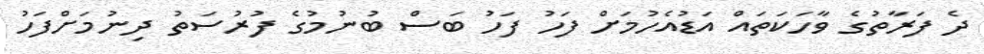
ދެ ފަރާތުގެ ވާހަކަތައް އަޑުއެހުމަށް ފަހު ފަހު ބަސް ބުނުމުގެ ފުރުސަތު ދިނުމަށްފަހު